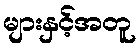
များနှင့်အတူ